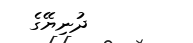
ދުނިޔޭގެ